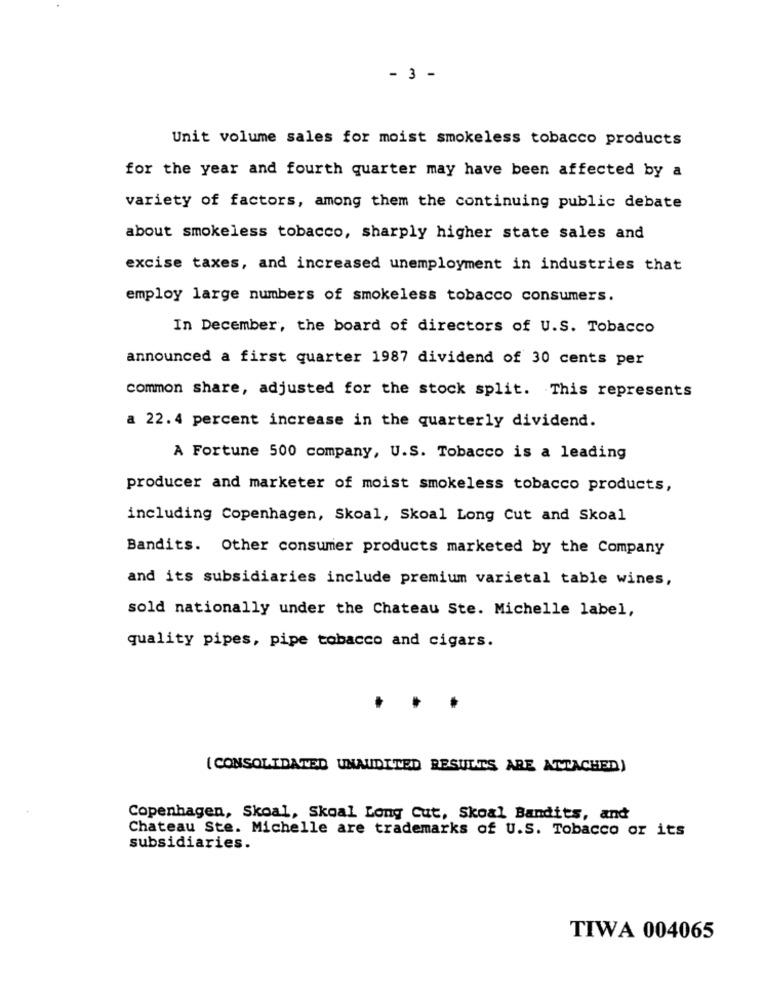
- 3 -
Unit volume sales for moist smokeless tobacco products
for the year and fourth quarter may have been affected by a
variety of factors, among them the continuing public debate
about smokeless tobacco, sharply higher state sales and
excise taxes, and increased unemployment in industries that
employ large numbers of smokeless tobacco consumers.
In December, the board of directors of U.S. Tobacco
announced a first quarter 1987 dividend of 30 cents per
common share, adjusted for the stock split. This represents
a 22.4 percent increase in the quarterly dividend.
A Fortune 500 company, U.S. Tobacco is a leading
producer and marketer of moist smokeless tobacco products,
including Copenhagen, Skoal, Skoal Long Cut and Skoal
Bandits. Other consumer products marketed by the Company
and its subsidiaries include premium varietal table wines,
sold nationally under the Chateau Ste. Michelle label,
quality pipes, pipe tobacco and cigars.
{CONSOLIDATED UNAUDITED RESULTS ARE ATTACHED)
Copenhagen, Skoal, Skoal Long Cut, Skoal Bandits, and
Chateau Ste. Michelle are trademarks of U.S. Tobacco or its
subsidiaries.
TIWA 004065